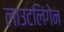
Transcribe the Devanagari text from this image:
लाउटलिंगेन